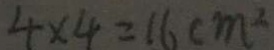
4 \times 4 = 1 6 c m ^ { 2 }